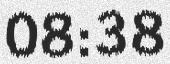
08:38